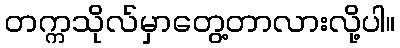
တက္ကသိုလ်မှာတွေ့တာလားလို့ပါ။